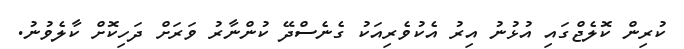
ކުރިން ކޮލެޖްގައި އުޅުނު އިރު އެކުވެރިއަކު ގެނެސްދޭ ކުންނާރު ވަރަށް ދަހިކޮށް ކާލެވުނު.